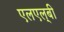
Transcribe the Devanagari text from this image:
एलएल्‌बी